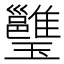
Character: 𤫔